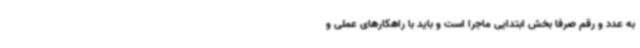
به عدد و رقم صرفا بخش ابتدایی ماجرا است و باید با راهکارهای عملی و